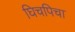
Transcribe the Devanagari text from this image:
घिचपिचा